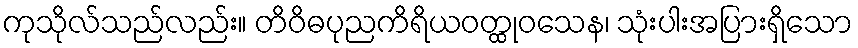
ကုသိုလ်သည်လည်း။ တိဝိဓပုညကိရိယဝတ္ထုဝသေန၊ သုံးပါးအပြားရှိသော